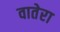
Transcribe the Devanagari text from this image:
वातेरा